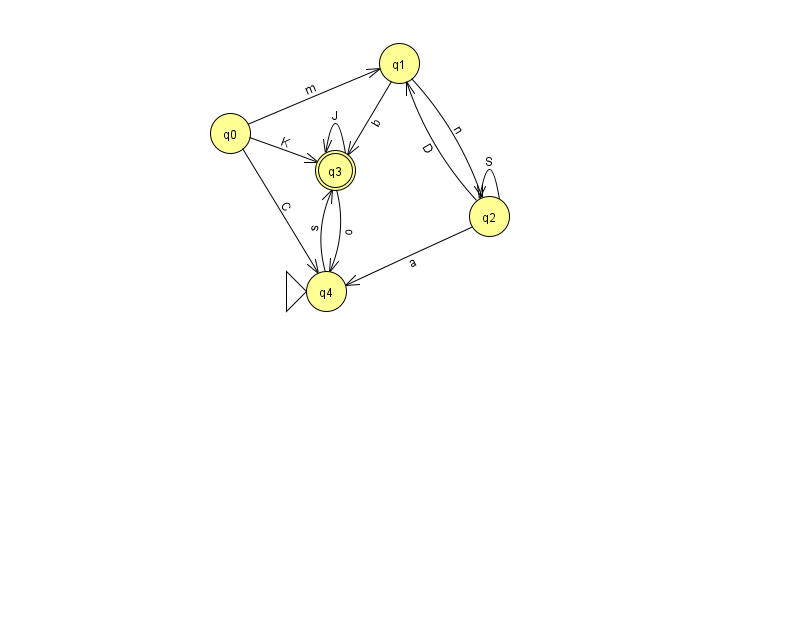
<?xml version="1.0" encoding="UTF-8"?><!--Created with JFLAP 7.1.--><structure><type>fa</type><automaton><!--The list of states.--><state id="0" name="q0"><x>230.0</x><y>120.0</y></state><state id="1" name="q1"><x>399.0</x><y>50.0</y></state><state id="2" name="q2"><x>489.0</x><y>203.0</y></state><state id="3" name="q3"><x>335.0</x><y>157.0</y><final/></state><state id="4" name="q4"><x>326.0</x><y>278.0</y><initial/></state><!--The list of transitions.--><transition><from>0</from><to>1</to><read>m</read></transition><transition><from>2</from><to>1</to><read>D</read></transition><transition><from>2</from><to>2</to><read>S</read></transition><transition><from>2</from><to>4</to><read>a</read></transition><transition><from>3</from><to>4</to><read>o</read></transition><transition><from>1</from><to>3</to><read>b</read></transition><transition><from>3</from><to>3</to><read>J</read></transition><transition><from>1</from><to>2</to><read>n</read></transition><transition><from>4</from><to>3</to><read>s</read></transition><transition><from>0</from><to>3</to><read>K</read></transition><transition><from>0</from><to>4</to><read>C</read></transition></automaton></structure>